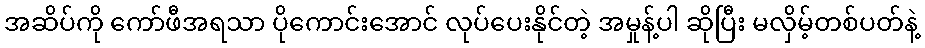
အဆိပ်ကို ကော်ဖီအရသာ ပိုကောင်းအောင် လုပ်ပေးနိုင်တဲ့ အမှုန့်ပါ ဆိုပြီး မလှိမ့်တစ်ပတ်နဲ့